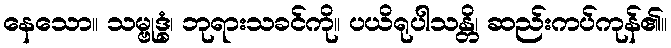
နေသော။ သမ္ဗုဒ္ဓံ၊ ဘုရားသခင်ကို။ ပယိရုပါသန္တိ၊ ဆည်းကပ်ကုန်၏။